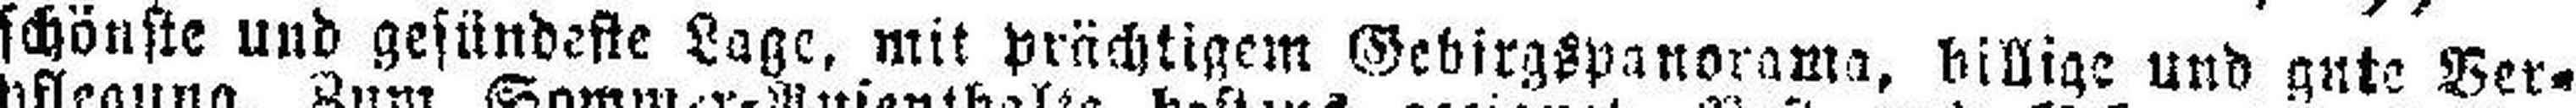
schönste und gesündeste Lage, mit prächtigem Gebirgspanorama, billige und gute Ver¬